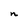
Character: n